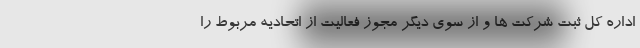
اداره کل ثبت شرکت ها و از سوی دیگر مجوز فعالیت از اتحادیه مربوط را